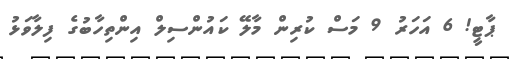
ޕާޓީ! 6 އަހަރު 9 މަސް ކުރިން މާލޭ ކައުންސިލް އިންތިހާބުގެ ފިލާވަޅު